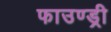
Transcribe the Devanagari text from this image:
फाउण्ड्री